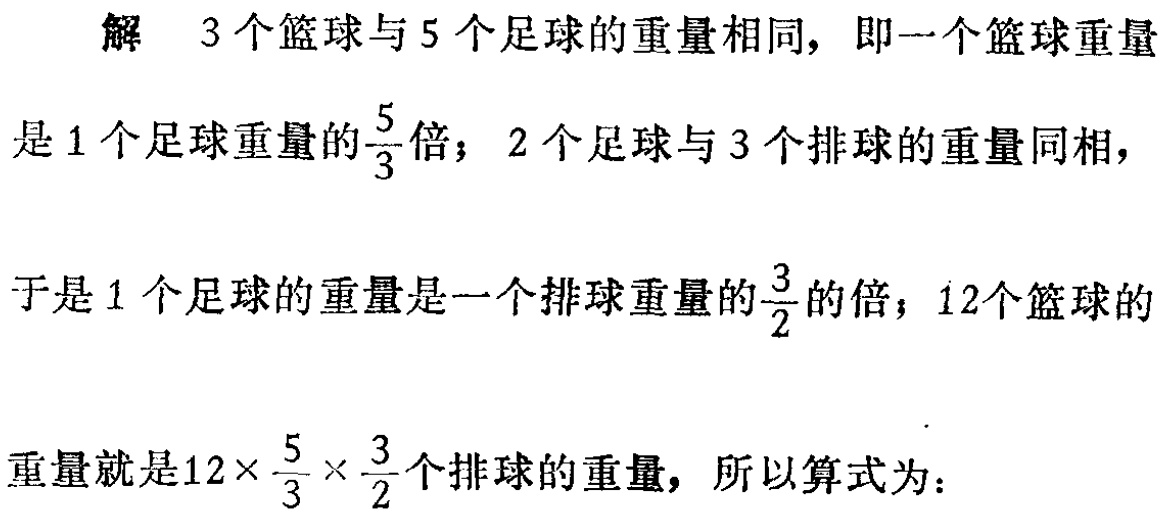
解 3个篮球与5个足球的重量相同，即一个篮球重量
是1个足球重量的$\frac{5}{3}$倍；2个足球与3个排球的重量同相，
于是1个足球的重量是一个排球重量的$\frac{3}{2}$的倍；12个篮球的
重量就是$12\times\frac{5}{3}\times\frac{3}{2}$个排球的重量，所以算式为：